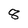
Character: 8